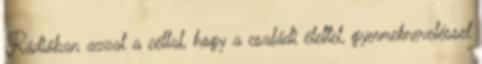
Rádióban azzal a céllal, hogy a családi élettel, gyermekneveléssel